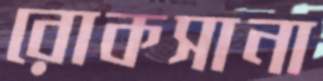
রোকসানা